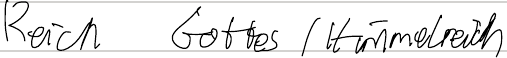
Reich Gottes (Himmelreich